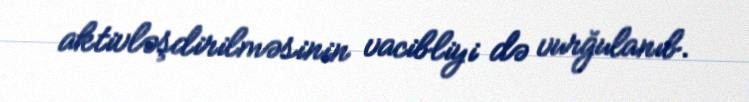
aktivləşdirilməsinin vacibliyi də vurğulanıb.